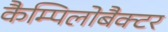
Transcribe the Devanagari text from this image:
कैम्पिलोबैक्टर